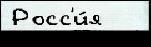
Росс'и́я